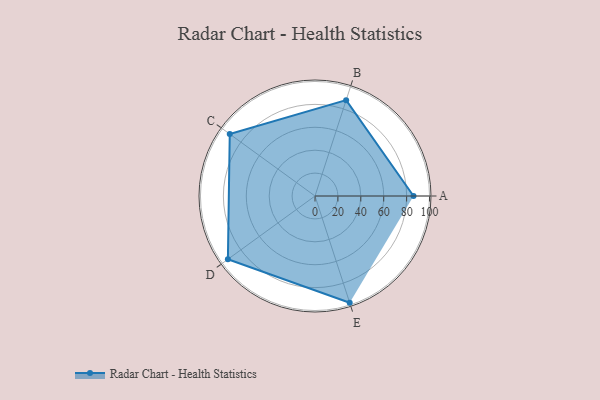
{"axis": {"x": "Skill", "y": "Score"}, "legend": ["Profile"], "data": [{"x": "A", "y": 86.0, "type": "Profile"}, {"x": "B", "y": 88.0, "type": "Profile"}, {"x": "C", "y": 92.0, "type": "Profile"}, {"x": "D", "y": 94.0, "type": "Profile"}, {"x": "E", "y": 98.0, "type": "Profile"}]}